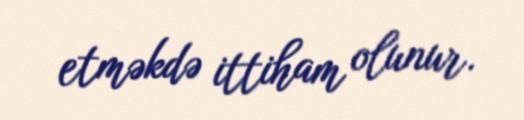
etməkdə ittiham olunur.